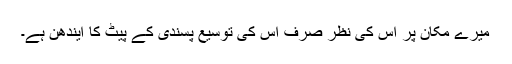
میرے مکان پر اس کی نظر صرف اس کی توسیع پسندی کے پیٹ کا ایندھن ہے۔